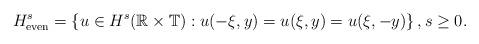
LaTeX: \begin{align*}H^s_{\rm even} = \left\{ u \in H^s(\mathbb{R} \times \mathbb{T}) : u(-\xi,y) = u(\xi,y) = u(\xi,-y) \right\}, s \geq 0.\end{align*}